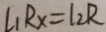
l _ { 1 } R _ { x } = 1 _ { 2 } R